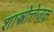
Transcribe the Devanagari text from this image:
शास्त्रोत्तेजक